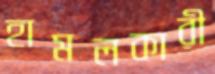
হামলকারী